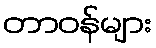
တာဝန်များ